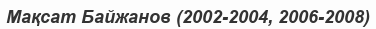
Мақсат Байжанов (2002-2004, 2006-2008)